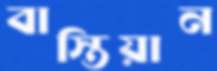
বাস্তিয়ান